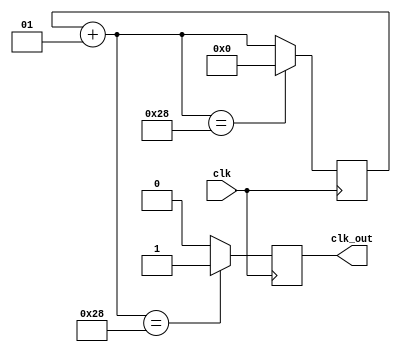
/*Esse timer funciona da seguinte maneira: considerando que um periodo de ciclo corresponde a 1/40 de segundo, a cada mudanca de valor do clock
a variavel counter aumenta em 1. Assim quando chega a 40/40 ciclos (4s) ele libera um sinal de clock para o circuito*/

module timer4seg(clk,clk_out);
    input clk;
    output reg clk_out;
    integer counter = 0;

always @(posedge clk) begin
       
    counter = counter + 1;

    case (counter)

        40 : clk_out = 1;
        default: clk_out = 0;
        
    endcase

    if(counter == 40)
        counter = 0;

end


endmodule